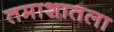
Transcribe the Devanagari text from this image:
तमाशातला